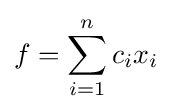
f=\sum _{i=1}^{n}c_{i}x_{i}